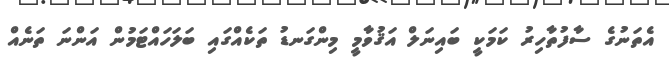
އެތަނުގެ ސާފުތާހިރު ކަމަކީ ބައިނަލް އަޤުވާމީ މިންގަނޑު ތަކެއްގައި ބަލަހައްޓަމުން އަންނަ ތަނެއް